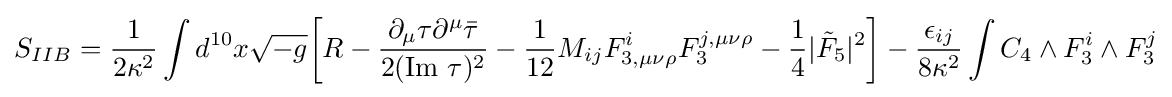
S_{IIB}={\frac {1}{2\kappa ^{2}}}\int d^{10}x{\sqrt {-g}}{\bigg [}R-{\frac {\partial _{\mu }\tau \partial ^{\mu }{\bar {\tau }}}{2({\text{Im}}\ \tau )^{2}}}-{\frac {1}{12}}M_{ij}F_{3,\mu \nu \rho }^{i}F_{3}^{j,\mu \nu \rho }-{\frac {1}{4}}|{\tilde {F}}_{5}|^{2}{\bigg ]}-{\frac {\epsilon _{ij}}{8\kappa ^{2}}}\int C_{4}\wedge F_{3}^{i}\wedge F_{3}^{j}